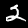
Digit: 2